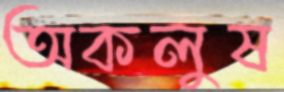
অকলুষ